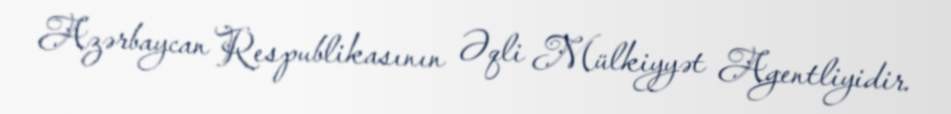
Azərbaycan Respublikasının Əqli Mülkiyyət Agentliyidir.